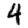
Digit: 4